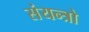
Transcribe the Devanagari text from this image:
संयन्त्रो